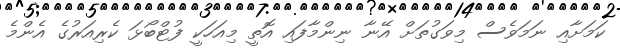
ކަމަށާއި ނަމަވެސް މިވަގުތަށް އޭނާ ނިންމާފައި އޮތީ މިއަހަކީ ފުޓްބޯޅަ ކެރިއަރުގެ އެންމެ